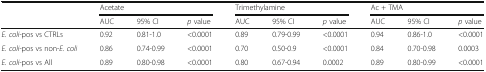
<table><thead><tr><td></td><td colspan="3"><b>Acetate</b></td><td colspan="3"><b>Trimethylamine</b></td><td colspan="3"><b>Ac + TMA</b></td></tr><tr><td></td><td><b>AUC</b></td><td><b>95% CI</b></td><td><b><i>p</i> value</b></td><td><b>AUC</b></td><td><b>95% CI</b></td><td><b><i>p</i> value</b></td><td><b>AUC</b></td><td><b>95% CI</b></td><td><b><i>p</i> value</b></td></tr></thead><tbody><tr><td><i>E. coli-</i>pos vs CTRLs</td><td>0.92</td><td>0.81-1.0</td><td>&lt;0.0001</td><td>0.89</td><td>0.79-0.99</td><td>&lt;0.0001</td><td>0.94</td><td>0.86-1.0</td><td>&lt;0.0001</td></tr><tr><td><i>E. coli-</i>pos vs non-<i>E. coli</i></td><td>0.86</td><td>0.74-0.99</td><td>&lt;0.0001</td><td>0.70</td><td>0.50-0.9</td><td>&lt;0.0001</td><td>0.84</td><td>0.70-0.98</td><td>0.0003</td></tr><tr><td><i>E. coli-</i>pos vs All</td><td>0.89</td><td>0.80-0.98</td><td>&lt;0.0001</td><td>0.80</td><td>0.67-0.94</td><td>0.0002</td><td>0.89</td><td>0.80-0.99</td><td>&lt;0.0001</td></tr></tbody></table>